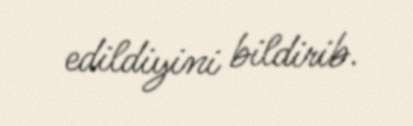
edildiyini bildirib.